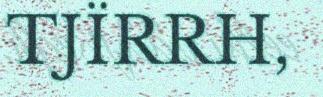
TJÏRRH,